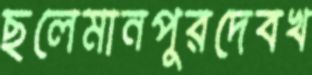
ছলেমানপুরদেবখ